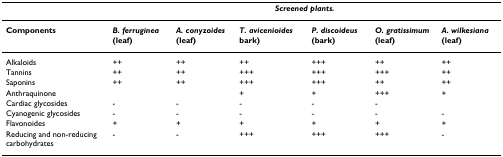
|  | <COLSPAN=6> Screened plants. |
 | --- | --- | --- | --- | --- | --- | --- |
 | Components | B. ferruginea (leaf) | A. conyzoides (leaf) | T. avicenioides bark) | P. discoideus (bark) | O. gratissimum (leaf) | A. wilkesiana (leaf) |
 | Alkaloids | ++ | ++ | ++ | +++ | ++ | ++ |
 | Tannins | ++ | ++ | +++ | +++ | +++ | ++ |
 | Saponins | ++ | ++ | +++ | +++ | ++ | ++ |
 | Anthraquinone |  |  | + | + | +++ | + |
 | Cardiac glycosides | - | - | - | - | - |  |
 | Cyanogenic glycosides | - | - | - | - | - | - |
 | Flavonoides | + | + | + | + | + | + |
 | Reducing and non-reducing carbohydrates | - | - | +++ | +++ | +++ | - |